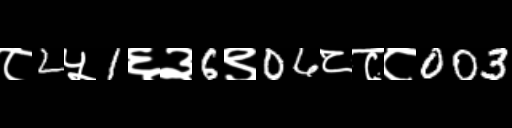
Text: ८2५1६३6९06८८८003